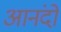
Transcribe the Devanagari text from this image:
आनंदो